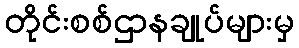
တိုင်းစစ်ဌာနချုပ်များမှ